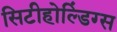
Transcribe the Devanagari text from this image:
सिटीहोल्डिंग्स